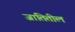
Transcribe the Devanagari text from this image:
जातितील